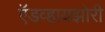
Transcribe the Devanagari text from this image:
ऍडव्हायझोरी